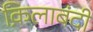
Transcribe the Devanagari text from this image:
क़िलाबंदी